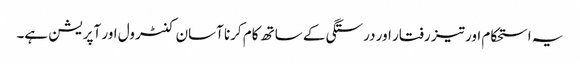
یہ استحکام اور تیز رفتار اور درستگی کے ساتھ کام کرنا آسان کنٹرول اور آپریشن ہے۔